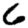
Digit: 6